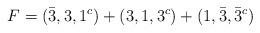
LaTeX: \begin{align*}F=(\bar{3},3,1^{c})+(3,1,3^{c})+(1,\bar{3},\bar{3}^{c})\end{align*}